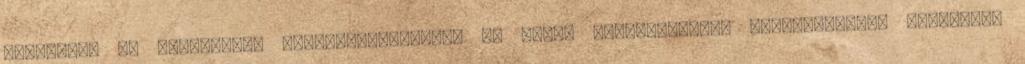
tartalmak és hirdetések megjelenítéséhez. Az oldal használatának folytatásával elfogadja